Medical and sanitary report of the native army of Bengal for the year
Year: 1875
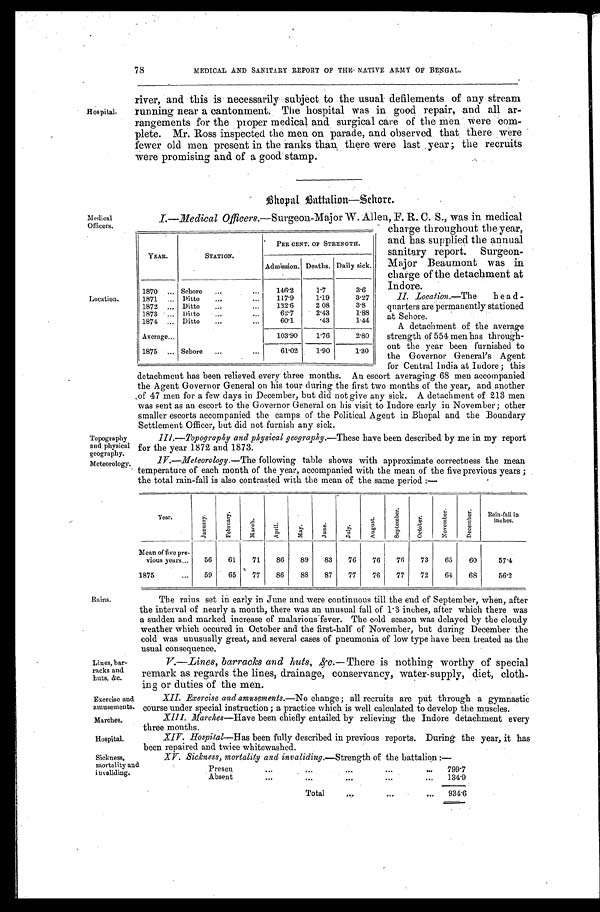
Lines, bar
-racks and
huts, &c.
Exercise and
amusements.
Marches.
Hospital.
Sickness,
mortality and invaliding.
78
MEDICAL AND SANITARY REPORT OF THE NATIVE ARMY OF BENGAL.
Hospital.
river, and this is necessarily subject to the usual defilements of any stream
running near a cantonment. The hospital was in good repair, and all ar
-rangements for the proper medical and surgical care of the men were com
-plete. Mr. Ross inspected the men on parade, and observed that there were
fewer old men present in the ranks than there were last year; the recruits
were promising and of a good stamp.
Medical
Officers.
Location.
Topography
and physical
geography.
Meteorology.
Bhopal Battalion—Sehore.
I . — M e d i c a l O f f i c e r s
.—Surgeon-Major W. Allen, F. R. C. S., was in medical
charge throughout the year,
and has supplied the annual
sanitary report. Surgeon
-Major Beaumont was in
charge of the detachment at
Indore.
II. Location.— The
head
- q u a r t e r s a r e p e r m a n e n t l y s t a t i o n e d
at Sehore.
A detachment of the average
strength of 554 men has through-
out the year been furnished to
the Governor General's Agent
for Central India at Indore ; this
detachment has been relieved every three months. An escort averaging 68 men accompanied
the Agent Governor General on his tour during the first two months of the year, and another
of 47 men for a few days in December, but did not give any sick. A detachment of 213 men
was sent as an escort to the Governor General on his visit to Indore early in November; other
smaller escorts accompanied the camps of the Political Agent in Bhopal and the Boundary
Sottlement Officer, but did not furnish any sick.
III.—Topography and physical geography.— These have been described by me in my report
for the year 1872 and 1873.
IV.—Meteorology.— The following table shows with approximate correctness the mean
temperature of each month of the year, accompanied with the mean of the five previous years ;
the total rain-fall is also contrasted with the mean of the same period :—
YEAR.
STATION.
PER CENT OF STRENGTH.
Admission. Deaths. Daily sick.
1870 . . .
Sehore . . .
146.2
1.7
3.6
1871 . . .
Ditto . . .
117.9
1.19
3.27
1872 . . .
Ditto . . .
132.6
2.08
3.8
1873 . . .
Ditto . . .
62.7
2.43
1.88
1874 . . .
Ditto . . .
60.1
.43
1.44
Average . . .
103.90
1.76
2.80
1875 . . .
Sehore . . .
61.02
1.90
1.30
Rains.
Year.
J a n u a r y .
F e b r u a r y .
M a r c h .
A p r i l .
M a y .
J u n e .
J u l y .
A u g u s t .
S e p t e m b e r .
O c t o b e r .
N o v e m b e r .
D e c e m b e r . Rain-fall in
inches.
Mean of five pre-
vious years . . .
56
61
71
86
89
83
76
76
76
73
65
60
57.4
1875 . . .
59
65
77
86
88
87
77
76
77
72
64
68
56.2
The rains set in early in June and were continuous till the end of September, when, after
the interval of nearly a month, there was an unusual fall of 1.3 inches, after which there was
a sudden and marked increase of malarious fever. The cold season was delayed by the cloudy
weather which occured in October and the first-half of November, but during December the
cold was unusually great, and several cases of pneumonia of low type have been treated as the
usual consequence.
V.—Lines, barracks and huts, &c.— There is nothing worthy of special
remark as regards the lines, drainage, conservancy, water-supply, diet, cloth
-ing or duties of the men.
XII. Exercise and amusements.— No change; all recruits are pút through a gymnastic
course under special instruction : a practice which is well calculated to develop the m
uscles.
XIII. Marches— Have been chiefly entailed by relieving the Indore detachment every
three months.
XIV. Hospital— Has been fully described in previous reports. During the year, it has
been repaired and twice whitewashed.
XV. Sickness, mortality and invaliding.— Strength of the battalion :—
Presen
.
.
.
799.7
Absent . . .
134.9
Total . . .
934.6